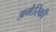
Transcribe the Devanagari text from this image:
अमेेरिकी